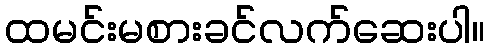
ထမင်းမစားခင်လက်ဆေးပါ။